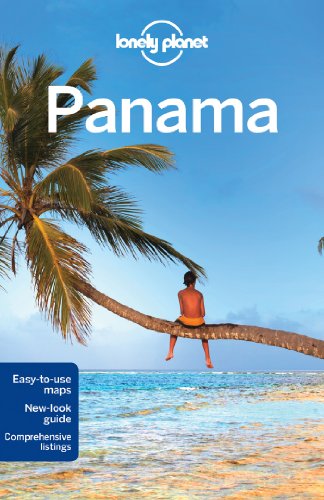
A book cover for Lonely Planet Panama (Travel Guide); Lonely Planet; Sports & Outdoors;